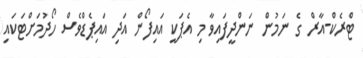
ޓްރެކް-އާރް ގެ ނަމުން ނަންދީފައިވާ މި އެޕަކީ އައިފޯން އަދި އައިޕެޑްވެސް ހޯދުމަށްޓަކައި